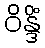
ဝိန္ဒိံ